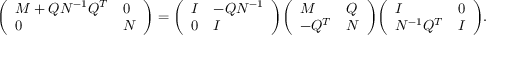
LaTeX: { \left( \begin{array} { l l } { M + Q N ^ { - 1 } Q ^ { T } } & { 0 } \\ { 0 } & { N } \end{array} \right) } = { \left( \begin{array} { l l } { I } & { - Q N ^ { - 1 } } \\ { 0 } & { I } \end{array} \right) } { \left( \begin{array} { l l } { M } & { Q } \\ { - Q ^ { T } } & { N } \end{array} \right) } { \left( \begin{array} { l l } { I } & { 0 } \\ { N ^ { - 1 } Q ^ { T } } & { I } \end{array} \right) } .